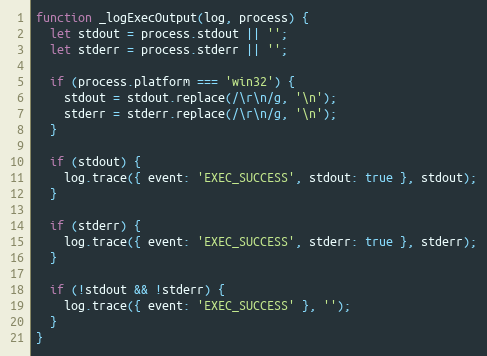
Language: JavaScript
function _logExecOutput(log, process) {
  let stdout = process.stdout || '';
  let stderr = process.stderr || '';

  if (process.platform === 'win32') {
    stdout = stdout.replace(/\r\n/g, '\n');
    stderr = stderr.replace(/\r\n/g, '\n');
  }

  if (stdout) {
    log.trace({ event: 'EXEC_SUCCESS', stdout: true }, stdout);
  }

  if (stderr) {
    log.trace({ event: 'EXEC_SUCCESS', stderr: true }, stderr);
  }

  if (!stdout && !stderr) {
    log.trace({ event: 'EXEC_SUCCESS' }, '');
  }
}